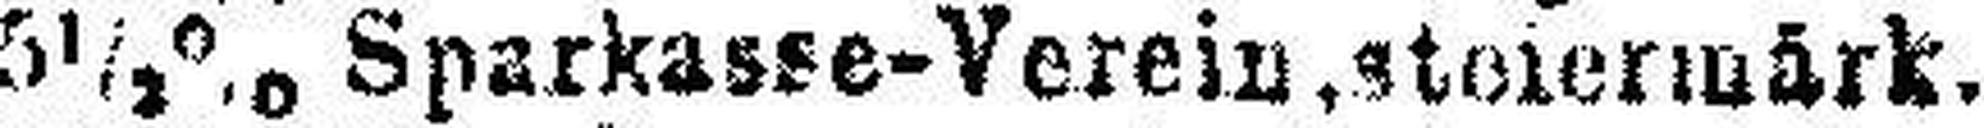
5½% Sparkasse-Verein, steiermärk.